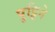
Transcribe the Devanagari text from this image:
पुट्टिगे